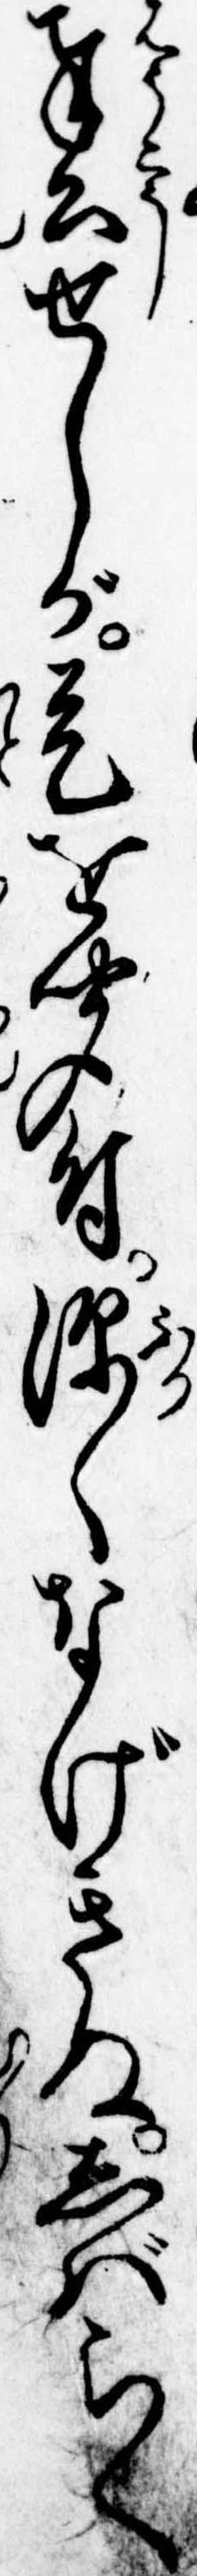
奉公せしが是を聞付深くなげきぬしばらく